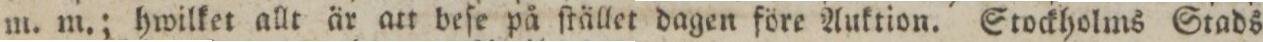
m. m.; hwilket allt är att beſe på ſtället dagen före Auktion. Stockholms Stads